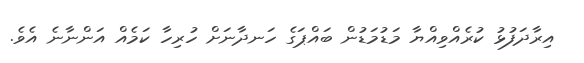
އިރާދަފުޅު ކުރެއްވިއްޔާ މަޑުމަޑުން ބައްޕަގެ ހަނދާނަށް ހުރިހާ ކަމެއް އަންނާނެ އެވެ.